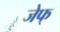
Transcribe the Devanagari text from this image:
जेफ्